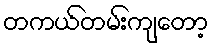
တကယ်တမ်းကျတော့